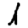
Digit: 1